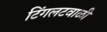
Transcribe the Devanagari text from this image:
टिंगलटवाळी